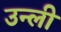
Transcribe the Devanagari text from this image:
उन्ली